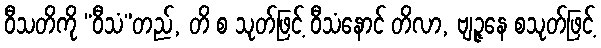
ဝီသတိကို “ဝီသံ”တည်, တိ စ သုတ်ဖြင့် ဝီသံနောင် တိလာ, ဗျဉ္ဇနေ စသုတ်ဖြင့်